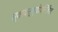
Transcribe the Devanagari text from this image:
स्वायत्त्योपनिवेश